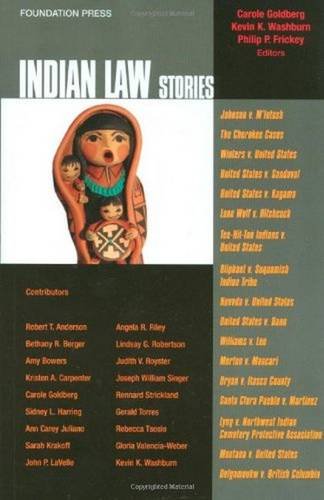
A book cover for Indian Law Stories; Carole Goldberg; Law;